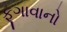
ફૂગાવાનો